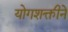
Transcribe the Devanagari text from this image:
योगशक्तीने